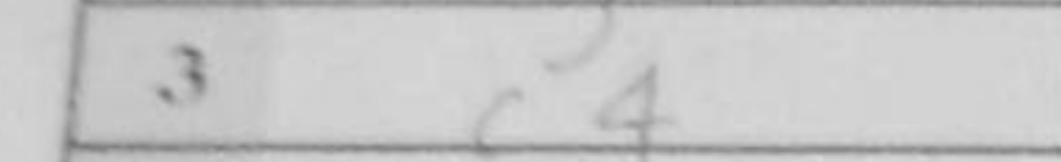
Transcription: c4